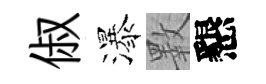
俶瀑斁懇